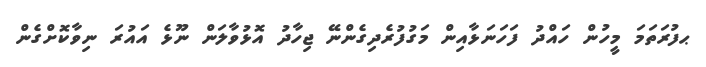
ޙފުރަތަމަ މީހުން ހައްދު ފަހަނަޅާއިން މަގުފުރެދިގެންނޭ ޖިހާދު އޮޅުވާލަން ނޫޅެ އައުރަ ނިވާކޮށްގެން